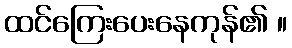
ထင်ကြေးပေးနေကုန်၏ ။